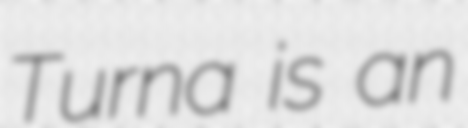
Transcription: Turna is an